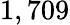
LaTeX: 1,709